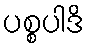
ပစ္စပါဒိ